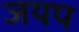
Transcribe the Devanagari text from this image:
जयप